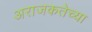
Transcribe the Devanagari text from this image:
अराजकतेच्या